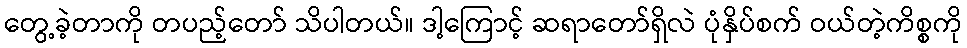
တွေ့ခဲ့တာကို တပည့်တော် သိပါတယ်။ ဒါ့ကြောင့် ဆရာတော်ရှိလဲ ပုံနှိပ်စက် ဝယ်တဲ့ကိစ္စကို